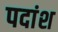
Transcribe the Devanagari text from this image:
पदांश